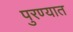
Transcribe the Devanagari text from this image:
पुरण्यात